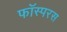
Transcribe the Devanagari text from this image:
फॉस्परस